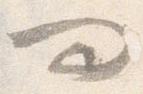
問